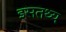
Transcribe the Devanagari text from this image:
इसतथ्य